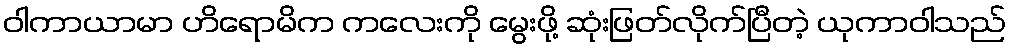
ဝါကာယာမာ ဟိရောမိက ကလေးကို မွေးဖို့ ဆုံးဖြတ်လိုက်ပြီတဲ့ ယုကာဝါသည်